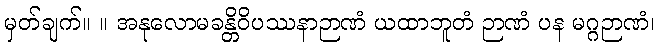
မှတ်ချက်။ ။ အနုလောမခန္တိဝိပဿနာဉာဏံ ယထာဘူတံ ဉာဏံ ပန မဂ္ဂဉာဏံ၊